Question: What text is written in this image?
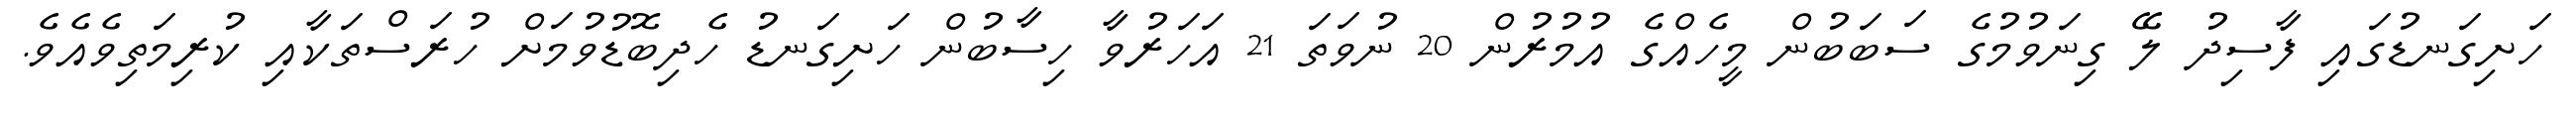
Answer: ހަށިގަނޑުގައި ފާސިދު ލޭ ގިނަވުމުގެ ސަބަބުން މީހެއްގެ އުމުރުން 20 ނުވަތަ 21 އަހަރުވާ ހިސާބުން ހަށިގަނޑު ހެދިބޮޑުވުމަށް ހުރަސްތަކާއި ކުރިމަތިވެއެވެ.